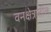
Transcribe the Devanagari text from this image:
वनक्षेत्रातील